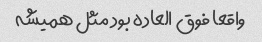
واقعا فوق العاده بود مثل همیشه